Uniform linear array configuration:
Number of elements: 8
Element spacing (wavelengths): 0.25
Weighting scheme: exponential
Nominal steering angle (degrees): -30
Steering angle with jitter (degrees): -29.027
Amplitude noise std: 0.05
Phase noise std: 0.05

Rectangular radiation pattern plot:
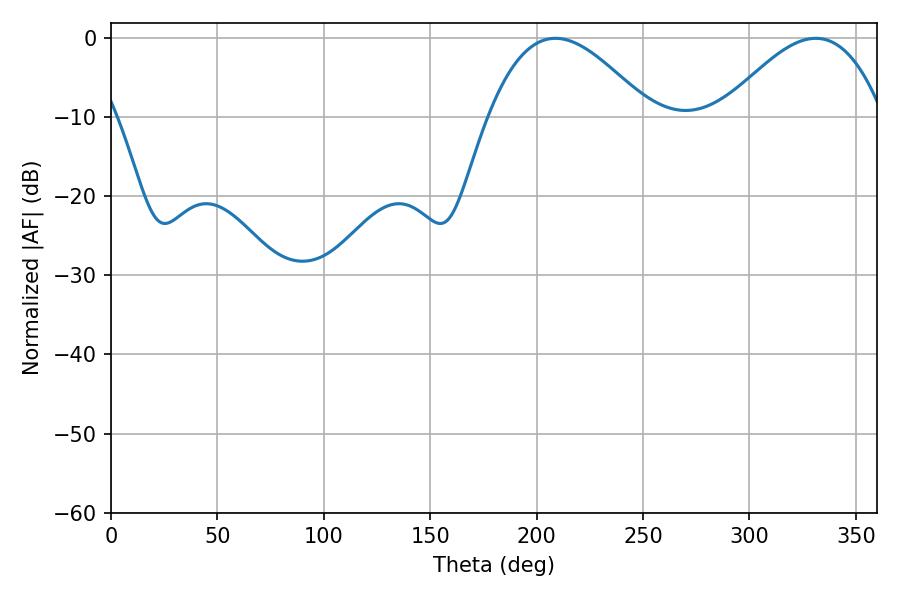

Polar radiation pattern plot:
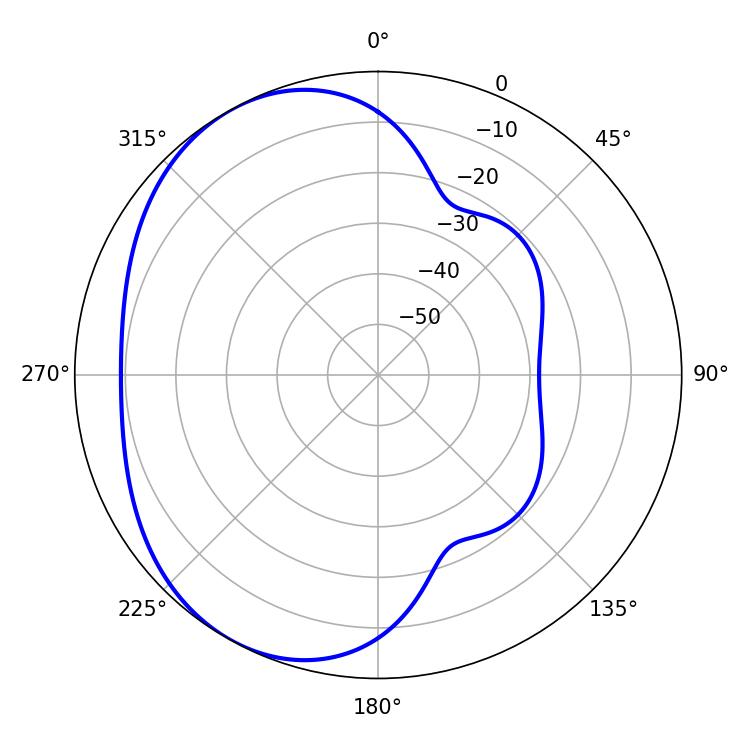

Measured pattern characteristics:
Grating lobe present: FALSE
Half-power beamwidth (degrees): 41.22
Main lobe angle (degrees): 208.8